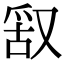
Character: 𠭖